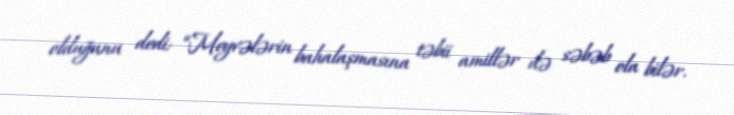
olduğunu dedi: “Meyvələrin bahalaşmasına təbii amillər də səbəb ola bilər.